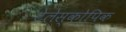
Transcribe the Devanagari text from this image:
टेलेस्कोपिक